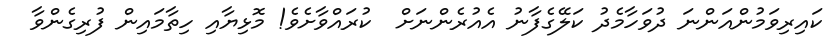
ކައިރިވަމުންއަންނަ ދުވަހާމެދު ކަލޭގެފާނު އެއުރެންނަށް  ކުރައްވާށެވެ! މޮޅިޔާއި ހިތާމައިން ފުރިގެންވާ